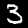
Digit: 3